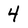
Character: 4